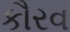
કૌરવ